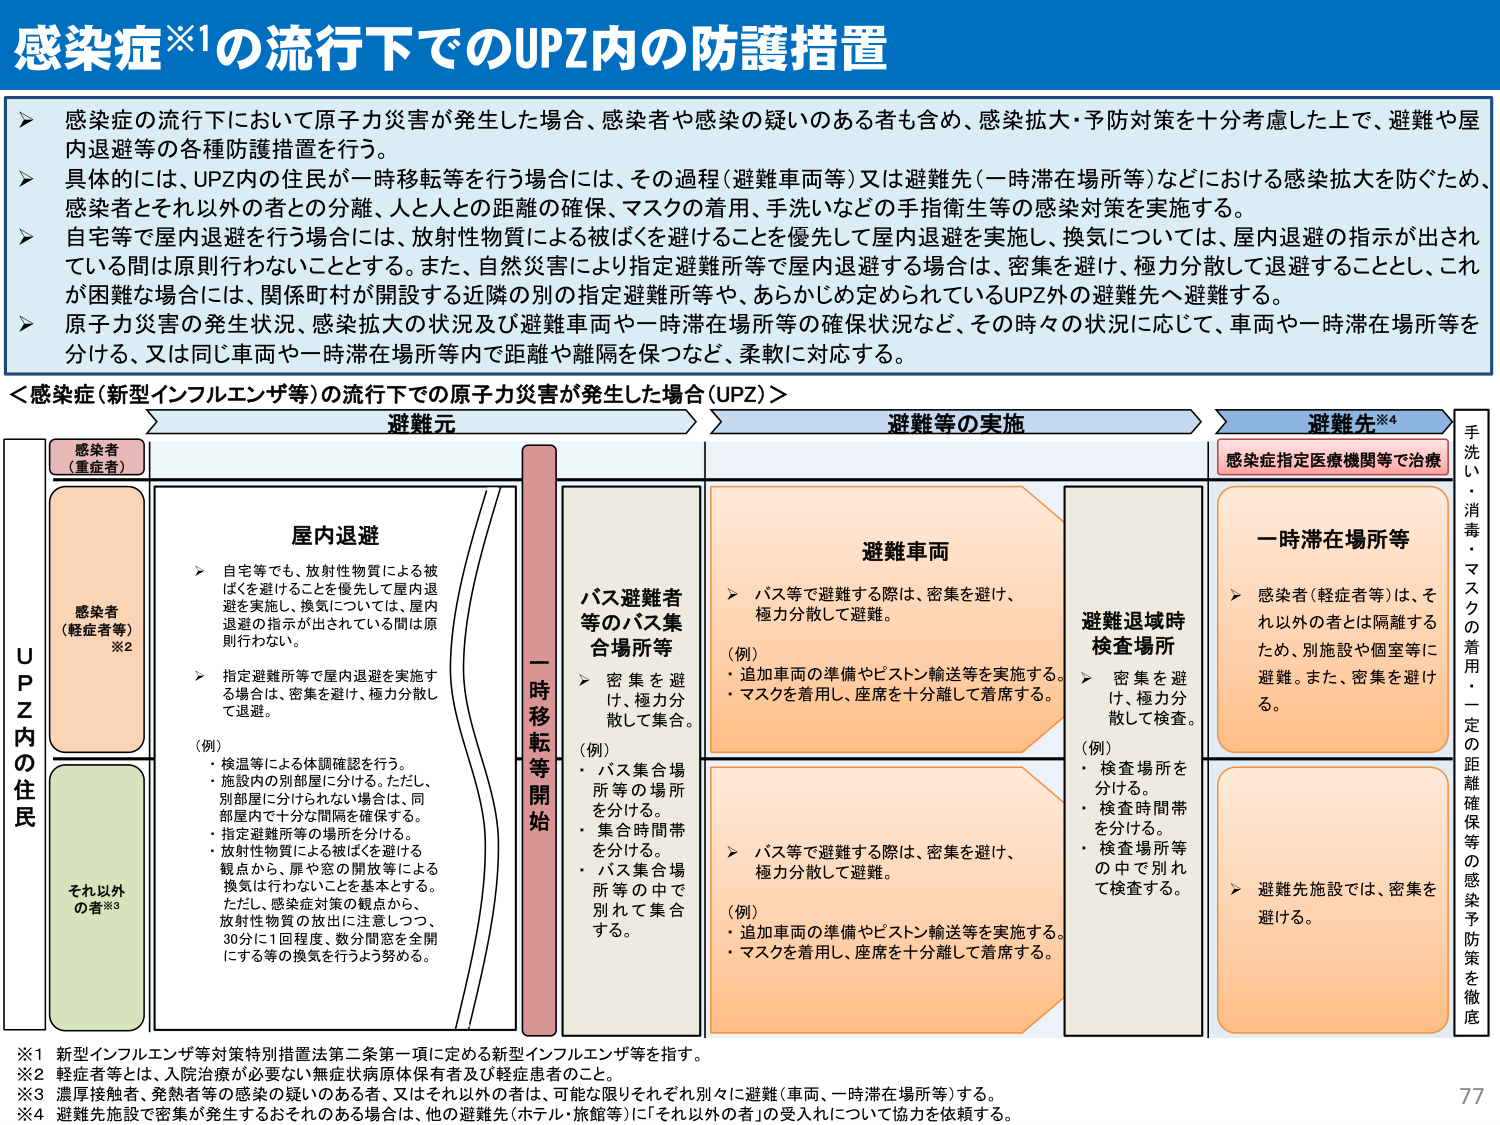
感染症※1の流行下でのUPZ内の防護措置

▶ 感染症の流行下において原子力災害が発生した場合、感染者や感染の疑いのある者も含め、感染拡大・予防対策を十分考慮した上で、避難や屋内退避等の各種防護措置を行う。

▶ 具体的には、UPZ内の住民が一時移転等を行う場合には、その過程（避難車両等）又は避難先（一時滞在場所等）などにおける感染拡大を防ぐため、感染者とそれ以外の者との分離、人と人との距離の確保、マスクの着用、手洗いなどの手衛生等の感染対策を実施する。

▶ 自宅等で屋内退避を行う場合には、放射性物質による被ばくを避けることを優先して屋内退避を実施し、換気については、屋内退避の指示が出されている間は原則行わないこととする。また、自然災害により指定避難所等で屋内退避する場合は、密集を避け、極力分散して退避することとし、これが困難な場合には、関係町村が開設する近隣の別の指定避難所等や、あらかじめ定められているUPZ外の避難先へ避難する。

▶ 原子力災害の発生状況、感染拡大の状況及び避難車両や一時滞在場所等の確保状況など、その時々の状況に応じて、車両や一時滞在場所等を分ける、又は同じ車両や一時滞在場所等内で距離や離隔を保つなど、柔軟に対応する。

＜感染症（新型インフルエンザ等）の流行下での原子力災害が発生した場合（UPZ）＞

避難元 → 避難等の実施 → 避難先※4

UPZ内の住民

感染者（重症者）
感染者（軽症者等）※2
それ以外の者※3

屋内退避
▶ 自宅等でも、放射性物質による被ばくを避けることを優先して屋内退避を実施し、換気については、屋内退避の指示が出されている間は原則行わない。
▶ 指定避難所等で屋内退避を実施する場合は、密集を避け、極力分散して退避。
（例）
・検温等による体調確認を行う。
・施設内の別部屋に分ける。ただし、別部屋に分けられない場合は、同部屋内で十分な間隔を確保する。
・指定避難所等の場所を分ける。
・放射性物質による被ばくを避ける観点から、扉や窓の開放等による換気は行わないことを基本とする。ただし、感染症対策の観点から、放射性物質の放出に注意しつつ、30分に1回程度、数分間窓を全開にする等の換気を行うよう努める。

一時移転等開始

バス避難者等のバス集合場所等
▶ 密集を避け、極力分散して集合。
（例）
・バス集合場所等の場所を分ける。
・集合時間帯を分ける。
・バス集合場所等の中で別れて集合。

避難車両
▶ バス等で避難する際は、密集を避け、極力分散して避難。
（例）
・追加車両の準備やピストン輸送等を実施する。
・マスクを着用し、座席を十分離して着席する。

避難退域時検査場所
▶ 密集を避け、極力分散して検査。
（例）
・検査場所を分ける。
・検査時間帯を分ける。
・検査場所等の中で別れて検査する。

一時滞在場所等
▶ 感染者（軽症者等）は、それ以外の者とは隔離するため、別施設や個室等に避難。また、密集を避ける。
▶ 避難先施設では、密集を避ける。

感染症指定医療機関等で治療

手洗い・消毒・マスクの着用・一定の距離確保等の感染予防策を徹底

※1 新型インフルエンザ等対策特別措置法第二条第一項に定める新型インフルエンザ等を指す。
※2 軽症者等とは、入院治療が必要ない無症状病原体保有者及び軽症患者のこと。
※3 濾厚接触者、発熱者等の感染の疑いのある者、又はそれ以外の者は、可能な限りそれぞれ別々に避難（車両、一時滞在場所等）する。
※4 避難先施設で密集が発生するおそれのある場合は、他の避難先（ホテル・旅館等）に「それ以外の者」の受入れについて協力を依頼する。

77